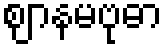
ဈာနမဗုဓာ